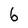
Character: 6